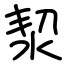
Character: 洯